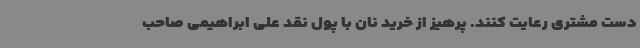
دست مشتری رعایت کنند. پرهیز از خرید نان با پول نقد علی ابراهیمی صاحب